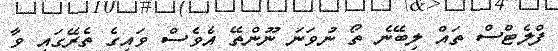
ފްލެޓްސް ތައް ލިބޭނެ ތޯ ނުވަނަ ނޫންތޭ އެވެސް ވައިގެ ތެރޭގައި ވާ